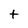
Character: t